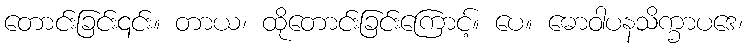
တောင်းခြင်း၎င်း။ တာယ၊ ထိုတောင်းခြင်းကြောင့်။ ပေ။ ဓောဝါပနသိက္ခာပဒေ၊